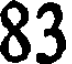
83